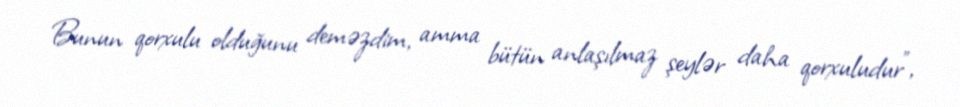
Bunun qorxulu olduğunu deməzdim, amma bütün anlaşılmaz şeylər daha qorxuludur”,